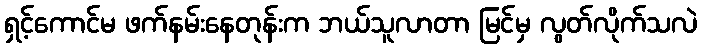
ရှင့်ကောင်မ ဖက်နမ်းနေတုန်းက ဘယ်သူလာတာ မြင်မှ လွတ်လိုက်သလဲ